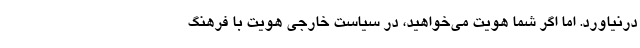
درنیاورد. اما اگر شما هویت می‌خواهید، در سیاست خارجی هویت با فرهنگ